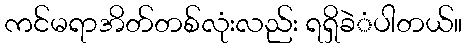
ကင်မရာအိတ်တစ်လုံးလည်း ရရှိခဲံပါတယ်။